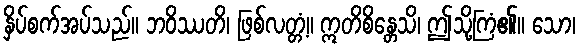
နှိပ်စက်အပ်သည်။ ဘဝိဿတိ၊ ဖြစ်လတ္တံ့။ ဣတိစိန္တေသိ၊ ဤသို့ကြံ၏။ သော၊